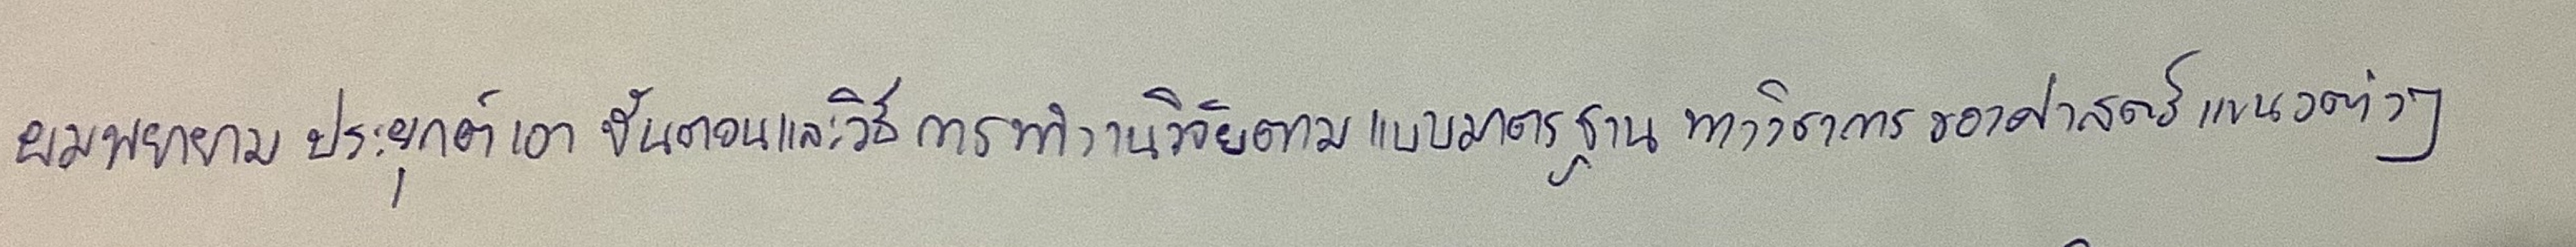
ผมพยายามประยุกต์เอาขั้นตอนและวิธีการทำงานวิจัยตามแบบมาตรฐานทางวิชาการของศาสตร์แขนงต่างๆ